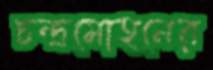
চন্দ্রমোহনের